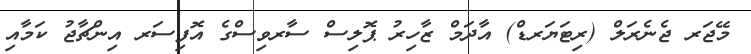
މޭޖަރ ޖެނެރަލް (ރިޓަޔަރޑް) އާދަމް ޒާހިރު ޕޮލިސް ސާރވިސްގެ އޮފިސަރ އިންޗާޖު ކަމާއި